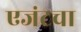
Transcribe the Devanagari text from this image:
एजंटचा